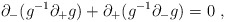
\begin{align*}\partial_-(g^{-1} \partial_+ g) + \partial_+(g^{-1} \partial_- g) = 0\ ,\end{align*}